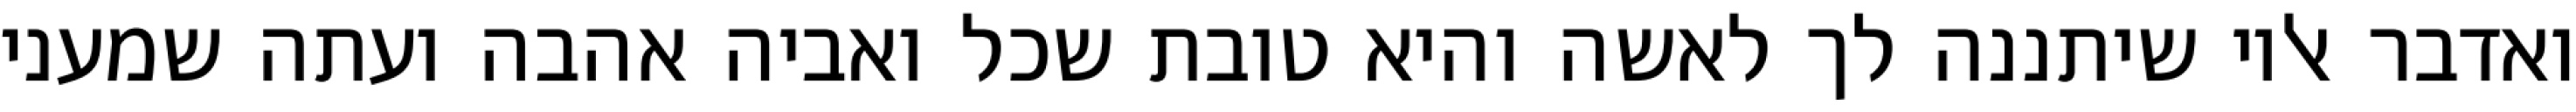
ואדבר אליו שיתננה לך לאשה והיא טובת שכל ואביה אהבה ועתה שמעני